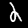
Label: 2